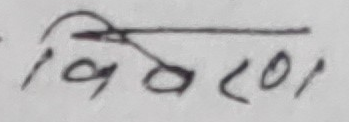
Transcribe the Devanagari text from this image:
विवरण